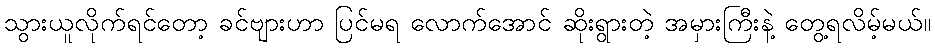
သွားယူလိုက်ရင်တော့ ခင်ဗျားဟာ ပြင်မရ လောက်အောင် ဆိုးရွားတဲ့ အမှားကြီးနဲ့ တွေ့ရလိမ့်မယ်။